Civil Veterinary Department Bihar reports 1936-40 - 1936-1940
Year: 1936
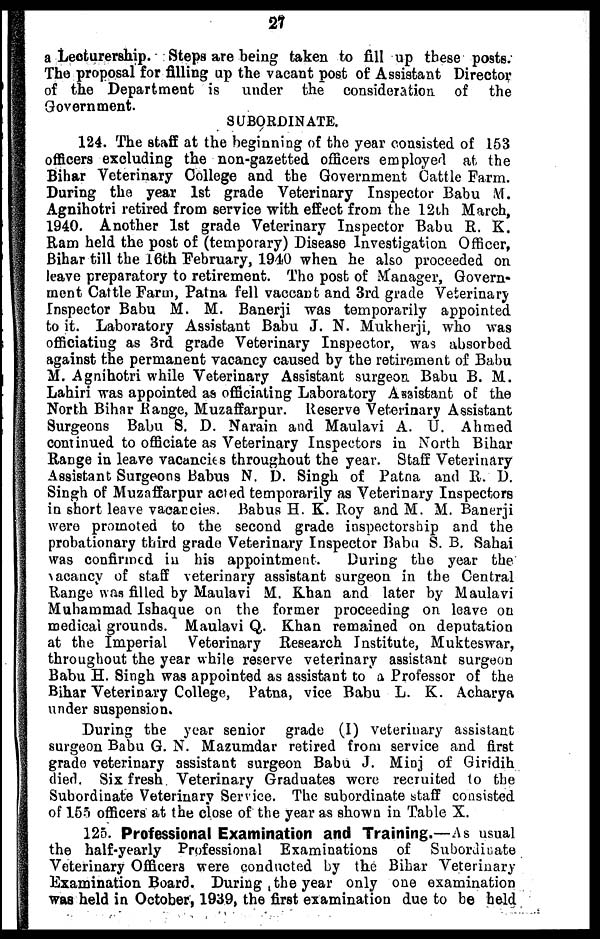
27
a Lecturerahip. Steps are being taken to fill up these posts.
The proposal for filling up the vacant post of Assistant Director
of the Department is under the consideration of the
Government.
SUBORDINATE.
124. The staff at the beginning of the year consisted of 153
officers excluding the non-gazetted officers employed at the
Bihar Veterinary College and the Government Cattle Farm.
During the year 1st grade Veterinary Inspector Babu M.
Agnihotri retired from service with effect from the 12th March,
1940. Another 1st grade Veterinary Inspector Babu R. K.
Ram held the post of (temporary) Disease Investigation Officer,
Bihar till the 16th February, 1940 when he also proceeded on
leave preparatory to retirement. The post of Manager, Govern-
ment Cattle Farm, Patna fell vaccant and 3rd grade Veterinary
Inspector Babu M. M. Banerji was temporarily appointed
to it. Laboratory Assistant Babu J. N. Mukherji, who was
officiating as 3rd grade Veterinary Inspector, was absorbed
against the permanent vacancy caused by the retirement of Babu
M. Agnihotri while Veterinary Assistant surgeon. Babu B. M.
Lahiri was appointed as officiating Laboratory Assistant of the
North Bihar Range, Muzaffarpur. Reserve Veterinary Assistant
Surgeons Babu S. D. Narain and Maulavi A. U. Ahmed
continued to officiate as Veterinary Inspectors in North Bihar
Range in leave vacancies throughout the year. Staff Veterinary
Assistant Surgeons Babus N. D. Singh of Patna and R. D.
Singh of Muzaffarpur acted temporarily as Veterinary Inspectors
in short leave vacarcies. Babus H. K. Roy and M. M. Banerji
were promoted to the second grade inspectorship and the
probationary third grade Veterinary Inspector Babu S. B. Sahai
was confirmed in his appointment.
During the year the
vacancy of staff veterinary assistant surgeon in the Central
Range was filled by Maulavi M. Khan and later by Maulavi
Muhammad Ishaque on the former proceeding on leave on
medical grounds. Maulavi Q. Khan remained on deputation
at the Imperial Veterinary Research Institute, Mukteswar,
throughout the year while reserve veterinary assistant surgeon
Babu H. Singh was appointed as assistant to a Professor of the
Bihar Veterinary College, Patna, vice Babu L. K. Acharya
under suspension.
During the year senior grade (I) veterinary assistant
surgeon Babu G. N. Mazumdar retired from service and first
grade veterinary assistant surgeon Babu J. Mini of Giridih
died. Six fresh Veterinary Graduates were recruited to the
Subordinate Veterinary Service. The subordinate staff consisted
of 155 officers at the close of the year as shown in Table X.
125. Professional Examination and Training.—As usual
the half-yearly Professional Examinations of Subordinate
Veterinary Officers were conducted by the Bihar Veterinary
Examination Board. During the year only one examination
was held in October, 1939, the first examination due to be held